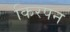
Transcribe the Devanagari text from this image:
किरपन